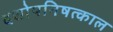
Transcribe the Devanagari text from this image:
दशोपनिषत्काल